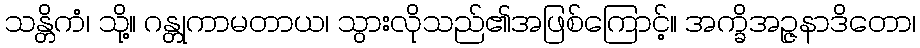
သန္တိကံ၊ သို့။ ဂန္တုကာမတာယ၊ သွားလိုသည်၏အဖြစ်ကြောင့်။ အက္ခိအဉ္ဇနာဒိတော၊